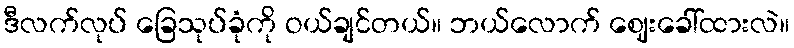
ဒီလက်လုပ် ခြေသုပ်ခုံကို ဝယ်ချင်တယ်။ ဘယ်လောက် ဈေးခေါ်ထားလဲ။